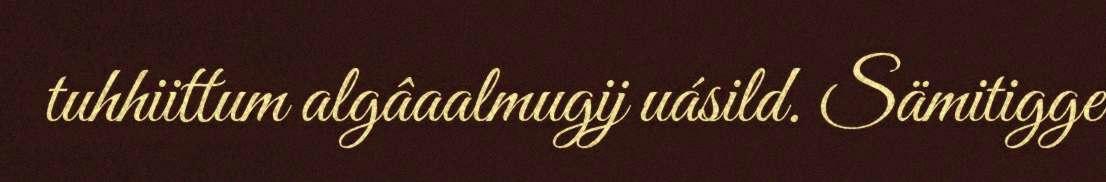
tuhhiittum algâaalmugij uásild. Sämitigge